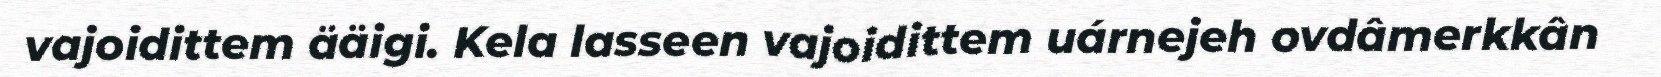
vajoidittem ääigi. Kela lasseen vajoidittem uárnejeh ovdâmerkkân